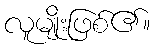
လူမျိုးဖြစ်၏။